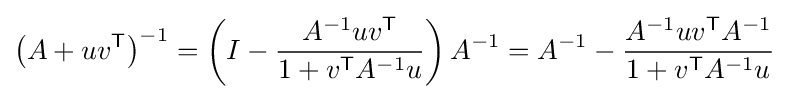
\left(A+uv^{\textsf {T}}\right)^{-1}=\left(I-{\frac {A^{-1}uv^{\textsf {T}}}{1+v^{\textsf {T}}A^{-1}u}}\right)A^{-1}=A^{-1}-{\frac {A^{-1}uv^{\textsf {T}}A^{-1}}{1+v^{\textsf {T}}A^{-1}u}}